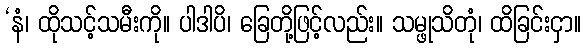
‘နံ၊ ထိုသင့်သမီးကို။ ပါဒါပိ၊ ခြေတို့ဖြင့်လည်း။ သမ္ဖုသိတုံ၊ ထိခြင်းငှာ။